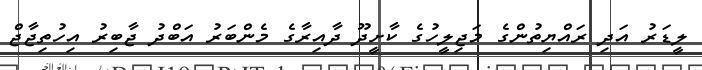
ލީޑަރު އަދި ރައްޔިތުންގެ މަޖިލީހުގެ ކާށީދޫ ދާއިރާގެ މެންބަރު އަބްދު ޖާބިރު އިހުތިޖާޖް